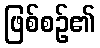
ဖြစ်စဉ်၏